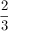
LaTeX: \frac { 2 } { 3 }